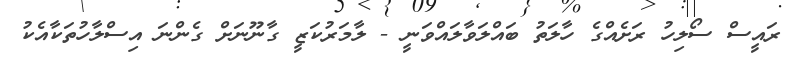
ރައީސް ސޯލިހު ރަށެއްގެ ހާލަތު ބައްލަވާލައްވަނީ - ލާމަރުކަޒީ ގާނޫނަށް ގެންނަ އިސްލާހުތަކާއެކު